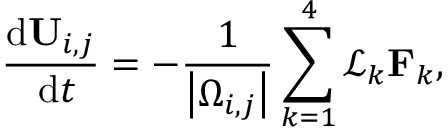
\frac { \mathrm { d } { \mathbf { U } } _ { i , j } } { \mathrm { ~ d } t } = - \frac { 1 } { \left| \Omega _ { i , j } \right| } \sum _ { k = 1 } ^ { 4 } \mathcal { L } _ { k } \mathbf { F } _ { k } ,